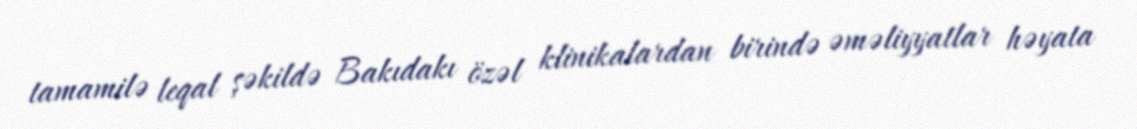
tamamilə leqal şəkildə Bakıdakı özəl klinikalardan birində əməliyyatlar həyata